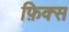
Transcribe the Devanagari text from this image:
फ़िक्स